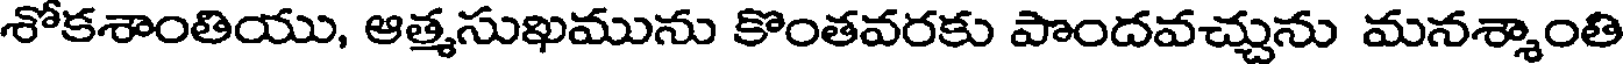
శోకశాంతియు, ఆత్మసుఖమును కొంతవరకు పొందవచ్చును మనశ్శాంతి